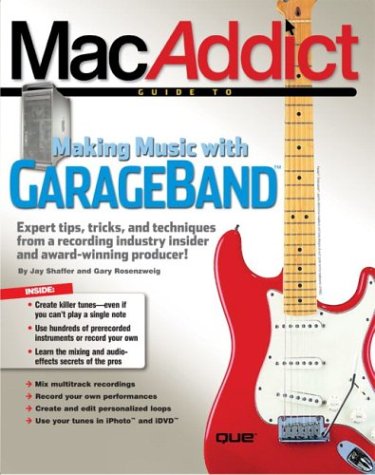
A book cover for The MacAddict Guide to Making Music with GarageBand; Jay Shaffer; Computers & Technology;